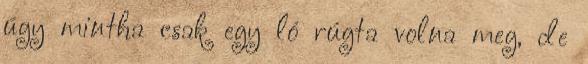
úgy mintha csak egy ló rúgta volna meg, de